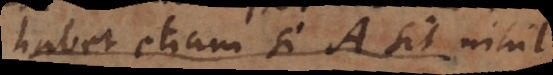
habet etiam si A sit nihil